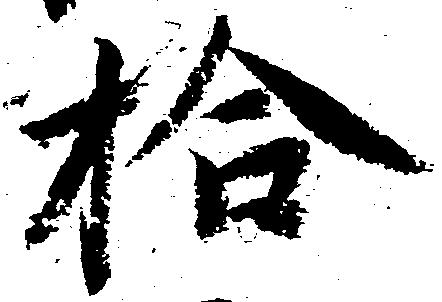
拾